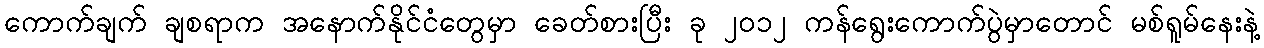
ကောက်ချက် ချစရာက အနောက်နိုင်ငံတွေမှာ ခေတ်စားပြီး ခု ၂၀၁၂ ကန်ရွေးကောက်ပွဲမှာတောင် မစ်ရူမ်နေးနဲ့